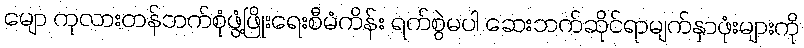
မျော ကုလားတန်ဘက်စုံဖွံ့ဖြိုးရေးစီမံကိန်း ရက်စွဲမပါ ဆေးဘက်ဆိုင်ရာမျက်နှာဖုံးများကို